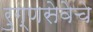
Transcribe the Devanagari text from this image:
रुग्णसेवेचे